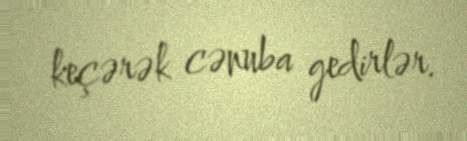
keçərək cənuba gedirlər.